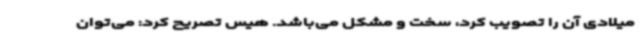
میلادی آن را تصویب کرد، سخت و مشکل می‌باشد. هیس تصریح کرد: می‌توان